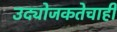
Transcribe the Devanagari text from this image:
उद्योजकतेचाही